Report on the Nagpur School of Medicine, Central Provinces
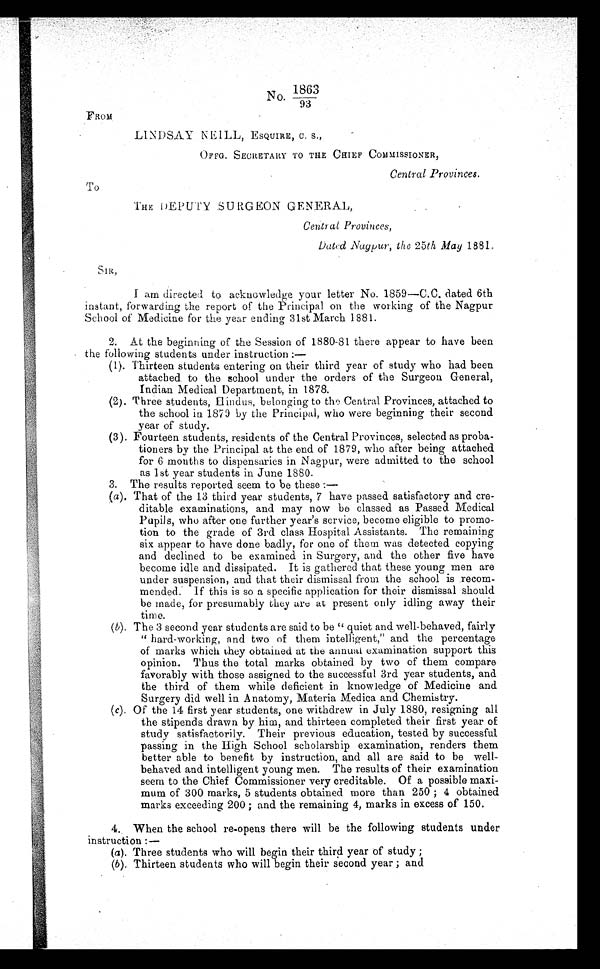
No.
1863
93
FROM
LINDSAY NEILL, ESQUIRE, C. s.,
O F F G . S E C R E T A R Y T O T H E C H I E F C O M M I S S I O N E R ,
Central Provinces.
To
THE DEPUTY :SU RGEON GENERAL,
Central Provinces,
Dated Nagpur, the 25th May 1881.
SIR,
I am directed to acknowledge your letter No. 1859—C.C. dated 6th
instant, forwarding the report of the Principal on the working of the Nagpur
School of Medicine for the year ending 31st March 1881.
2. At the beginning of the Session of 1880-81 there appear to have been
the following students under instruction:
—
(1). Thirteen students entering on their third year of study who had been
attached to the school under the orders of the Surgeon General,
Indian Medical Department, in 1878.
(2). Three students, Hindus, belonging to the Central Provinces, attached to
the school in 1879 by the Principal, who were beginning their second
year of study.
(3). Fourteen students, residents of the Central Provinces, selected as proba-
-
tioners by the Principal at the end of 1879, who after being attached
for 6 months to dispensaries in Nagpur, were admitted to the school
as 1st year students in June 1880.
3. The results reported seem to be these:—
(a). That of the 13 third year students, 7 have passed satisfactory and cre-
-
ditable examinations, and may now be classed as Passed Medical
Pupils, who after one further year's service, become eligible to promo
-
tion to the grade of 3rd class Hospital Assistants. The remaining
six appear to have done badly, for one of them was detected copying
and declined to be examined in Surgery, and the other five have
become idle and dissipated. It is gathered that these young men are
under suspension, and that their dismissal from the school is recom
-
mended; If this is so a specific application for their dismissal should
be made, for presumably they are at present only idling away their
time.
(b). The 3 second year students are said to be " quiet and well-behaved, fairly
" hard-working, and two of them intelligent," and the percentage
of marks which they obtained at the annual examination support this
opinion. Thus the total marks obtained by two of them compare
favorably with those assigned to the successful 3rd year students, and
the third of them while deficient in knowledge of Medicine and
Surgery did well in Anatomy, Materia Medica and Chemistry.
(c). Of the 14 first year students, one withdrew in July 1880, resigning all
the stipends drawn by him, and thirteen completed their first year of
study satisfactorily. Their previous education, tested by successful
passing in the High School scholarship examination, renders them
better able to benefit by instruction, and all are said to be well-
behaved and intelligent young men. The results of their examination
seem to the Chief Commissioner very creditable. Of a possible maxi- -
mum of 300 marks, 5 students obtained more than 250 ; 4 obtained
marks exceeding 200; and the remaining 4, marks in excess of 150.
4. When the school re-opens there will be the following students under
instruction :—
(a). Three students who will begin their third year of study;
(b). Thirteen students who will begin their second year; and